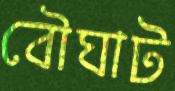
বৌঘাট